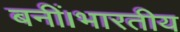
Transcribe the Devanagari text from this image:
बनीं।भारतीय